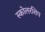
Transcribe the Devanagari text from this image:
स्कोलरशिप